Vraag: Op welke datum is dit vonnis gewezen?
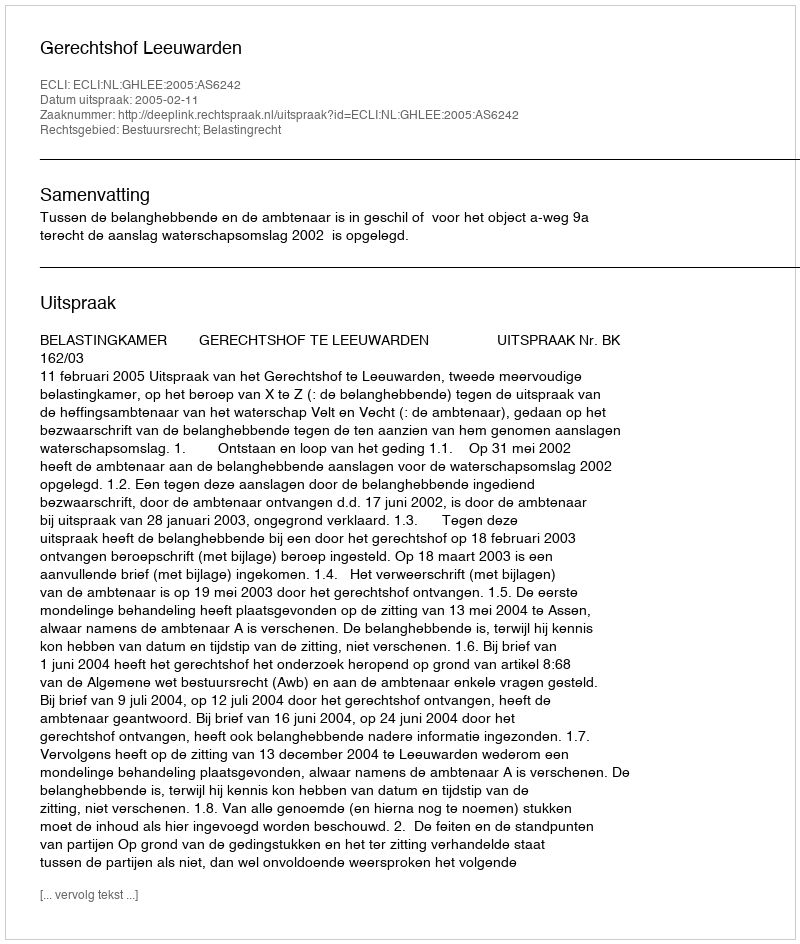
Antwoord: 2005-02-11